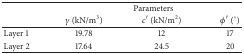
<table><thead><tr><td><b> </b></td><td colspan="3"><b>Parameters</b></td></tr><tr><td><b> </b></td><td><b><i>γ</i> (kN/m<sup>3</sup>)</b></td><td><b><i>c</i>′ (kN/m<sup>2</sup>)</b></td><td><b><i>φ</i>′ (°)</b></td></tr></thead><tbody><tr><td>Layer 1</td><td>19.78</td><td>12</td><td>17</td></tr><tr><td>Layer 2</td><td>17.64</td><td>24.5</td><td>20</td></tr></tbody></table>